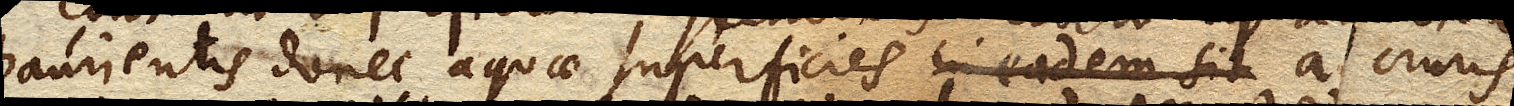
haurientis donec aquae superficies in eadem sit a cruris